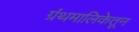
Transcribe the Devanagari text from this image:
ग्रंथमालिकेतून